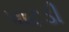
પાટડી